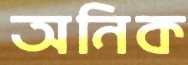
অনিক